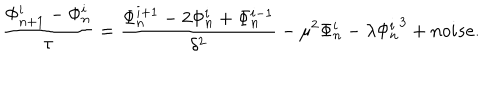
\frac { \Phi _ { n + 1 } ^ { i } - \Phi _ { n } ^ { i } } { \tau } = \frac { \Phi _ { n } ^ { i + 1 } - 2 \Phi _ { n } ^ { i } + \Phi _ { n } ^ { i - 1 } } { \delta ^ { 2 } } - \mu ^ { 2 } \Phi _ { n } ^ { i } - \lambda { \Phi _ { n } ^ { i } } ^ { 3 } + n o i s e .